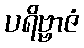
ပရိဗ္ဗာဇံ